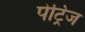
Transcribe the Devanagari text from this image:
पेट्रिज